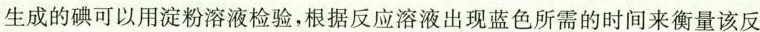
生成的碘可以用淀粉溶液检验，根据反应溶液出现蓝色所需的时间来衡量该反